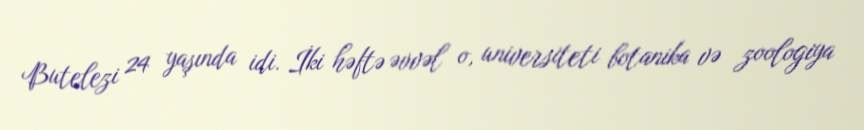
Butelezi 24 yaşında idi. İki həftə əvvəl o, universiteti botanika və zoologiya